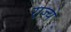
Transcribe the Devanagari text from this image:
रा़ज्ये